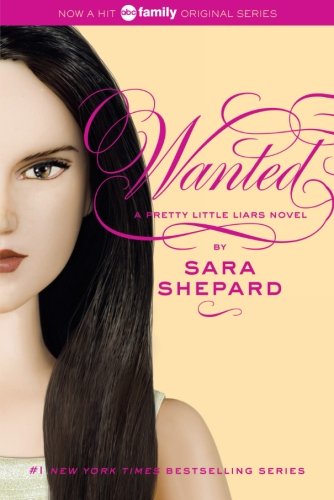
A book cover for Wanted (Pretty Little Liars, Book 8); Sara Shepard; Teen & Young Adult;